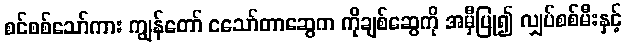
စင်စစ်သော်ကား ကျွန်တော် ငသော်တာဆွေက ကိုချစ်ဆွေကို အမှီပြု၍ လျှပ်စစ်မီးနှင့်